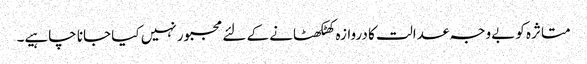
متاثرہ کو بےوجہ عدالت کا دروازہ کھٹکھٹانے کے لئے مجبور نہیں کیا جانا چاہیے۔